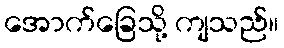
အောက်ခြေသို့ ကျသည်။